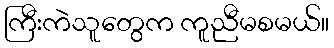
ကြီးကဲသူတွေက ကူညီမစမယ်။